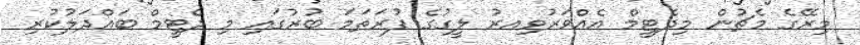
މިރޭގެ މެޗުން މިދެޓީމް އެއްވަރުވިިއރު ލީގުގެ ފުރަތަމަ ބުރުގައި މި ދެޓީމް ބައްދަލުކުރި